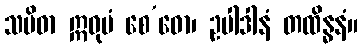
သမိဓာ ဣဓုမံ စေ’ဓော၊ ဥပါဒါနံ တထိန္ဓနံ။